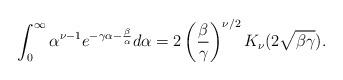
LaTeX: \begin{align*}\int_0^{\infty}\alpha ^{\nu-1}e^{-\gamma\alpha -\frac{\beta}{\alpha }}d\alpha =2\left(\frac{\beta}{\gamma}\right)^{\nu/2}K_{\nu}(2\sqrt{\beta\gamma}).\end{align*}